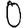
Digit: 0